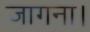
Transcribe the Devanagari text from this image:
जागना।